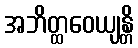
အဘိတ္ထဝေယျန္တိ